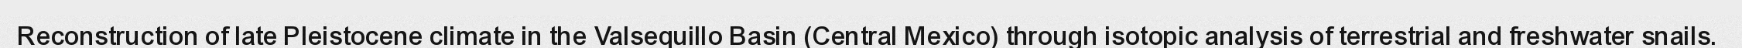
Reconstruction of late Pleistocene climate in the Valsequillo Basin (Central Mexico) through isotopic analysis of terrestrial and freshwater snails.